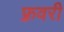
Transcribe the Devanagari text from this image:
फ़्रवरी